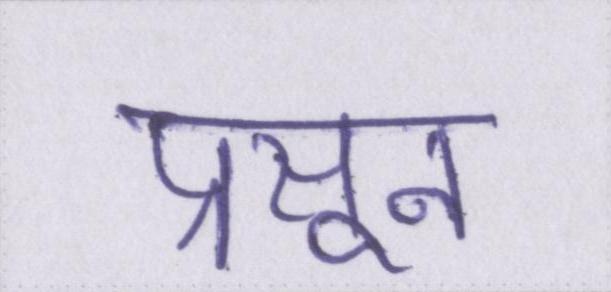
प्रसून